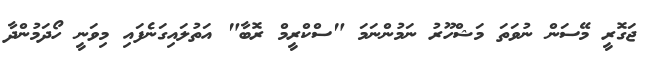
ޖަގޮރީ މޭސަން ނުވަތަ މަޝްހޫރު ނަމުންނަމަ "ސްކްރީމް ރޮބާ" އަތުލައިގަނެފައި މިވަނީ ހޯދަމުންދާ